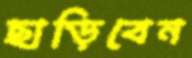
ছাড়িবেন